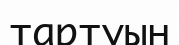
тартуын